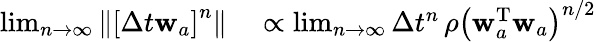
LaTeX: \begin{array}{rl}{\operatorname*{lim}_{n\rightarrow{}\infty}\left\| \left[\Delta t{}\mathbf{w}_{a}\right]^{n}\right\| }&{{}\propto\operatorname*{lim}_{n\rightarrow{}\infty}\Delta t{}^{n}\, \rho\left(\mathbf{w}_{a}^{\mathrm{T}}\mathbf{w}_{a}\right)^{n/2}}\end{array}